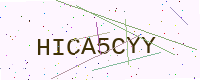
Text: HICA5CYY